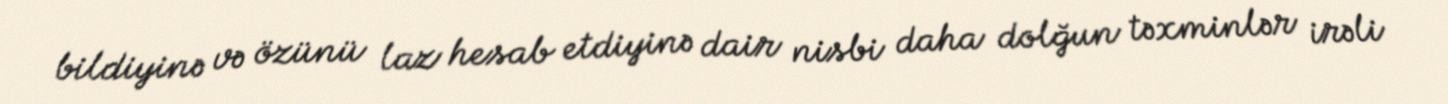
bildiyinə və özünü laz hesab etdiyinə dair nisbi daha dolğun təxminlər irəli